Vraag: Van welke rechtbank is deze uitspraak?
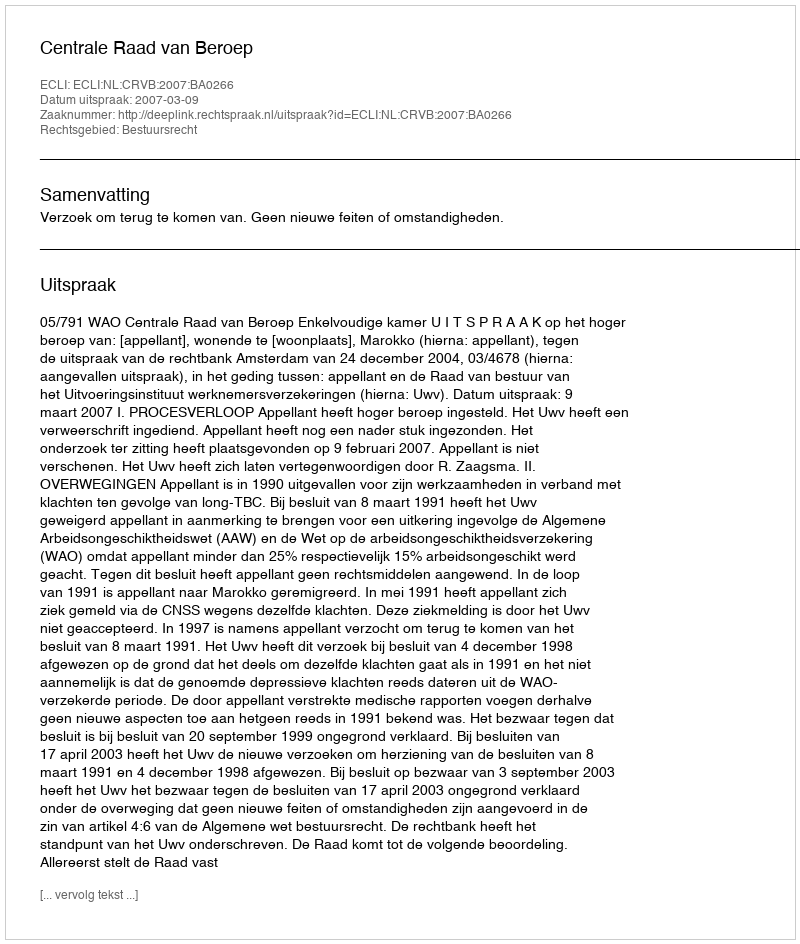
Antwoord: Centrale Raad van Beroep